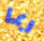
ربما